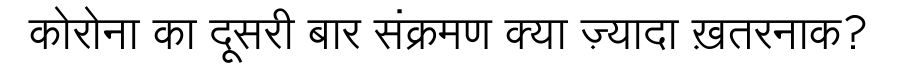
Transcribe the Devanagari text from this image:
कोरोना का दूसरी बार संक्रमण क्या ज़्यादा ख़तरनाक?